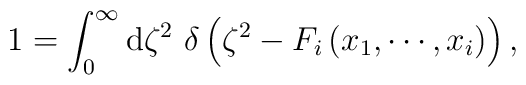
1=\int_{0}^{\infty }{\rm d}\zeta ^{2}~\delta \left( \zeta ^{2}-F_{i}\left(x_{1},\cdots ,x_{i}\right) \right) ,